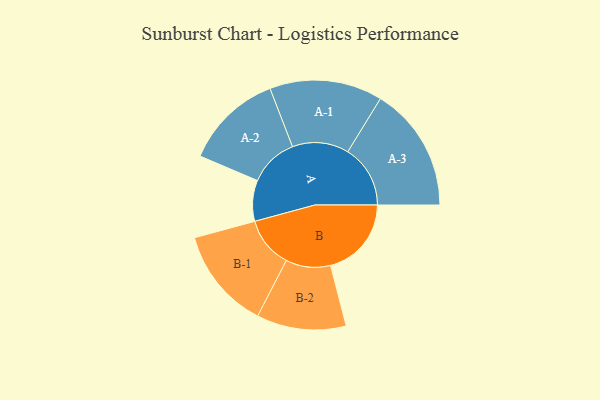
{"axis": {"x": "Segment", "y": "Value"}, "legend": ["", "A", "B"], "data": [{"x": "A", "y": 161, "type": ""}, {"x": "B", "y": 318, "type": ""}, {"x": "A-1", "y": 222, "type": "A"}, {"x": "A-2", "y": 193, "type": "A"}, {"x": "A-3", "y": 246, "type": "A"}, {"x": "B-1", "y": 200, "type": "B"}, {"x": "B-2", "y": 176, "type": "B"}]}